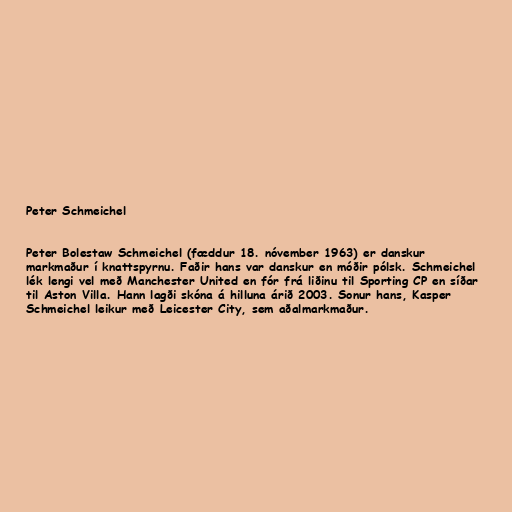
Peter Schmeichel

Peter Bolestaw Schmeichel (fæddur 18. nóvember 1963) er danskur
markmaður í knattspyrnu. Faðir hans var danskur en móðir pólsk. Schmeichel
lék lengi vel með Manchester United en fór frá liðinu til Sporting CP en síðar
til Aston Villa. Hann lagði skóna á hilluna árið 2003. Sonur hans, Kasper
Schmeichel leikur með Leicester City, sem aðalmarkmaður.